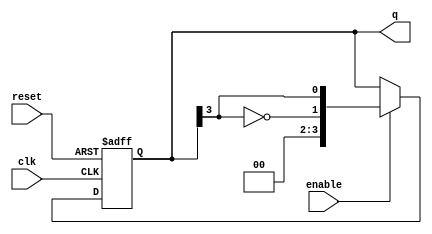
module JohnsonCounter (
    input wire clk,         // Clock input
    input wire reset,       // Reset input
    input wire enable,      // Enable signal
    output reg [n-1:0] q    // Counter output (n-bit)
);
    parameter n = 4;        // Number of flip-flops (adjust as needed)
    
    // Sequential logic for the Johnson counter
    always @(posedge clk or posedge reset) begin
        if (reset) begin
            q <= 0; // Initialize to zero on reset
        end else if (enable) begin
            // Johnson counter logic
            q <= {~q[n-1], q[n-1:n-1]}; // Shift and feedback the inverted last bit
        end
        // If enable is low, retain the current state (no action needed)
    end
endmodule